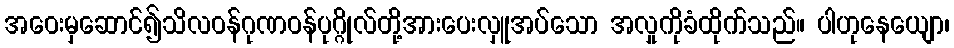
အဝေးမှဆောင်၍သိလဝန်ဂုဏဝန်ပုဂ္ဂိုလ်တို့အားပေးလှူအပ်သော အလှုကိုခံထိုက်သည်။ ပါဟုနေယျော၊